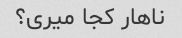
ناهار کجا میری؟